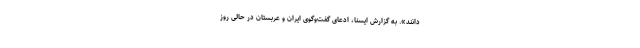
دانند». به گزارش ایسنا، ادعای گفت‌وگوی ایران و عربستان در حالی روز